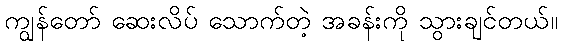
ကျွန်တော် ဆေးလိပ် သောက်တဲ့ အခန်းကို သွားချင်တယ်။